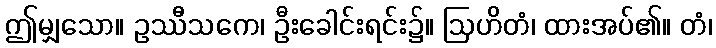
ဤမျှသော။ ဥဿီသကေ၊ ဦးခေါင်းရင်း၌။ ဩဟိတံ၊ ထားအပ်၏။ တံ၊